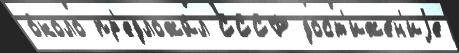
о́коло пр'едложи́л СССР дост'иже́н'иjе